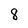
Character: 8